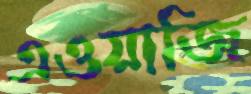
এওয়াজি